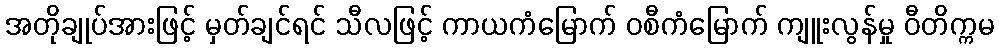
အတိုချုပ်အားဖြင့် မှတ်ချင်ရင် သီလဖြင့် ကာယကံမြောက် ဝစီကံမြောက် ကျူးလွန်မှု ဝီတိက္ကမ